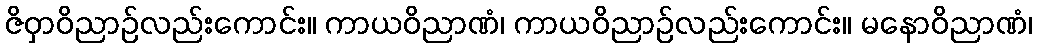
ဇိဝှာဝိညာဉ်လည်းကောင်း။ ကာယဝိညာဏံ၊ ကာယဝိညာဉ်လည်းကောင်း။ မနောဝိညာဏံ၊